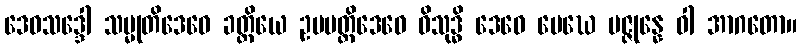
ဒေဝသဒ္ဒေါ သမ္မုတိဒေဝေ ခတ္တိယေ ဥပပတ္တိဒေဝေ ဝိသုဒ္ဓိ ဒေဝေ မေဃေ ပဇ္ဇုန္နေ ဝါ အာဂတော။